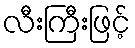
လီးကြီးဖြင့်